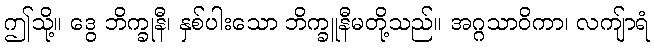
ဤသို့။ ဒွေ ဘိက္ခုနီ၊ နှစ်ပါးသော ဘိက္ခူနီမတို့သည်။ အဂ္ဂသာဝိကာ၊ လကျ်ာရံ